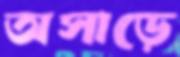
অসাড়ে